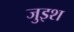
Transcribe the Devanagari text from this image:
जुइश